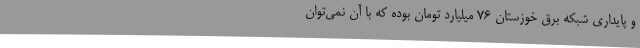
و پایداری شبکه برق خوزستان 76 میلیارد تومان بوده که با آن نمی‌توان